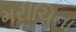
મરીચિના